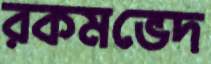
রকমভেদ